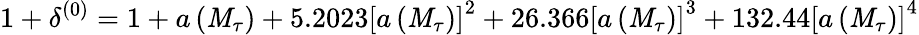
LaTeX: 1+\delta^{(0)}=1+a\left(\mathit{M}_{\tau}\right)+5.2023\left[a\left(\mathit{M}_{\tau}\right)\right]^{2}+26.366\left[a\left(\mathit{M}_{\tau}\right)\right]^{3}+132.44\left[a\left(\mathit{M}_{\tau}\right)\right]^{4}